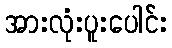
အားလုံးပူးပေါင်း